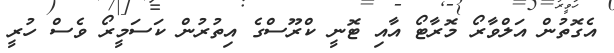
އެގޮތުން އަލްވާރޯ މޮރާޓޯ އާއި ޓޮނީ ކްރޫސްގެ އިތުރުން ކަސަމީރޯ ވެސް ހުރީ